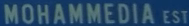
MOHAMMEDIA EST